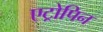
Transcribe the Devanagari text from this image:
एट्रोपिन